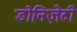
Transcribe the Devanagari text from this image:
डोनिज़ेटी